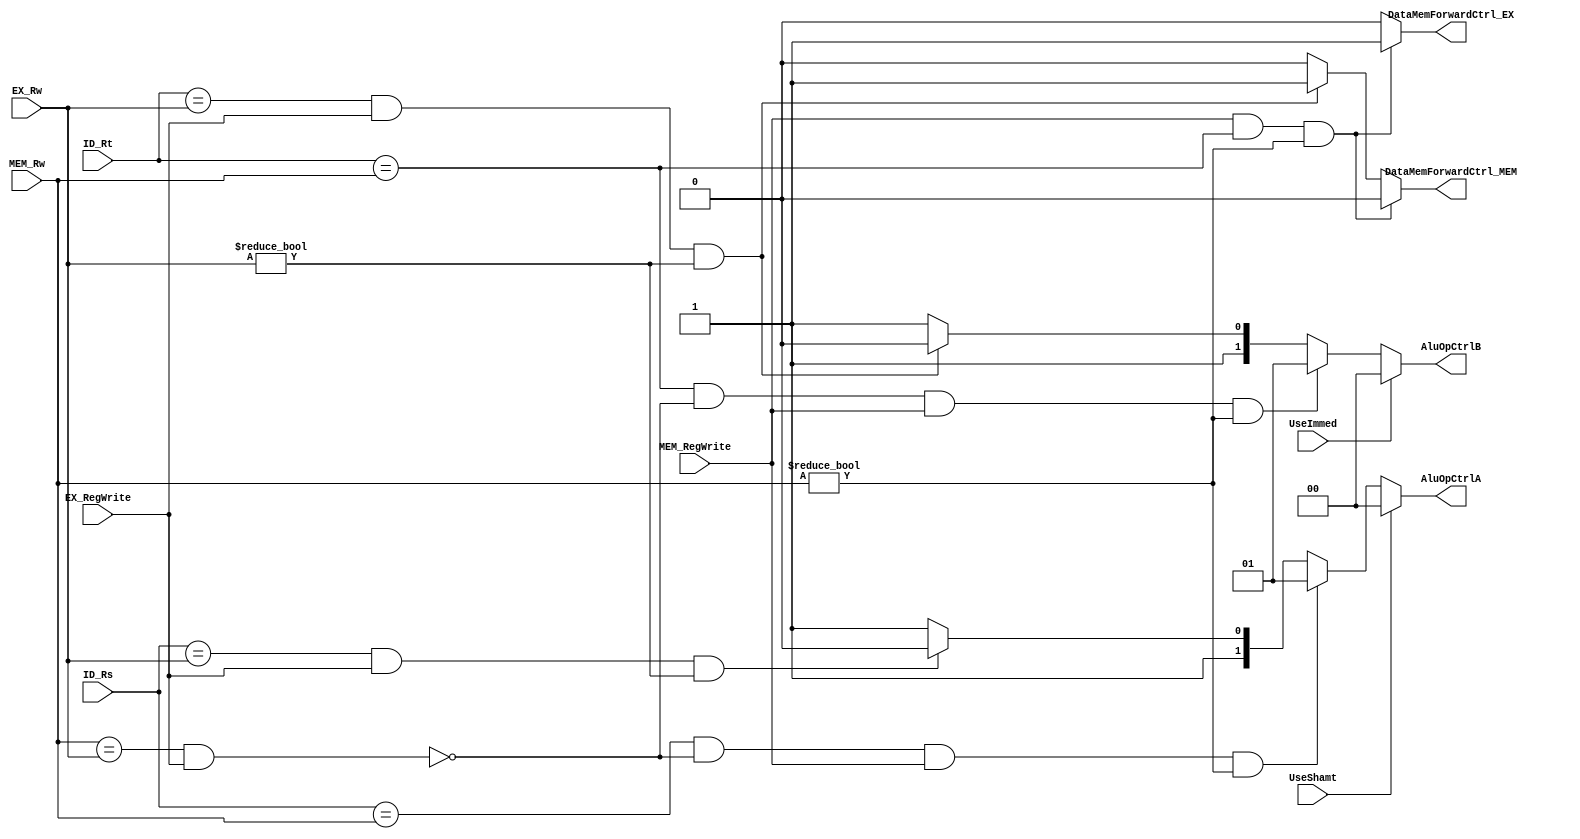
`timescale 1ns / 1ps

module ForwardingUnit( UseShamt,
						UseImmed,
						ID_Rs,
						ID_Rt,
						EX_Rw,
						MEM_Rw,
						EX_RegWrite,
						MEM_RegWrite,
						AluOpCtrlA,
						AluOpCtrlB,
						DataMemForwardCtrl_EX,
						DataMemForwardCtrl_MEM);

	// Inputs
	input UseShamt, UseImmed;
	input [4:0] ID_Rs, ID_Rt, EX_Rw, MEM_Rw;
	input EX_RegWrite, MEM_RegWrite;
	
	// Outputs
	output reg [1:0] AluOpCtrlA, AluOpCtrlB;
	output reg DataMemForwardCtrl_EX, DataMemForwardCtrl_MEM;

	always @(*) begin

		if( UseShamt == 1 )				// Shift values used in current instruction
			AluOpCtrlA <= 2'b00;		// Shift value data -> BusA
		
		else if( UseShamt == 0 ) begin		// Shift values not used in current instruction
			
			// Check priority of pipeline stage for previous instructions
			if( (ID_Rs == MEM_Rw) && ~(MEM_Rw==EX_Rw && EX_RegWrite) && (MEM_RegWrite == 1) && (MEM_Rw != 0) )
				AluOpCtrlA <= 2'b01;	// Memory stage data -> BusA
			else if ( (ID_Rs == EX_Rw) && (EX_RegWrite == 1) && (EX_Rw != 0) )
				AluOpCtrlA <= 2'b10;	// Execute stage data -> BusA
			else
				AluOpCtrlA <= 2'b11;	// Register read data -> BusA
			end
		
		else
			AluOpCtrlA <= 2'b11;		// Register read data -> BusA


		if( UseImmed == 1 )				// Immediate values used in current instruction
			AluOpCtrlB <= 2'b00;		// Immediate value data -> BusB
		
		else if( UseImmed == 0 ) begin	// Immediate values not used in current instruction
			
			// Check priority of pipeline stage for previous instructions
			if( (ID_Rt == MEM_Rw) && ~(MEM_Rw==EX_Rw && EX_RegWrite) && (MEM_RegWrite == 1) && (MEM_Rw != 0) )
				AluOpCtrlB <= 2'b01;	// Memory stage data -> BusB
			else if( (ID_Rt == EX_Rw) && (EX_RegWrite == 1) && (EX_Rw != 0) )
				AluOpCtrlB <= 2'b10;	// Execute stage data -> BusB
			else
				AluOpCtrlB <= 2'b11;	// Register read data -> BusB
			end
		
		else
			AluOpCtrlB <= 2'b11;		// Register read data -> BusB
		
		
		// Select Lines for Muxes for Memory Write data in EX and MEM stages
		if( (MEM_RegWrite == 1) && (ID_Rt == MEM_Rw) && (MEM_Rw != 0) ) begin
			DataMemForwardCtrl_EX = 1'b1;
			DataMemForwardCtrl_MEM = 1'b0;
		
		end else if( (EX_RegWrite == 1) && (ID_Rt == EX_Rw) && (EX_Rw != 0) ) begin
			DataMemForwardCtrl_EX = 1'b0;
			DataMemForwardCtrl_MEM = 1'b1;
		
		end else begin
			DataMemForwardCtrl_EX = 1'b0;
			DataMemForwardCtrl_MEM = 1'b0;
		end

	end

endmodule